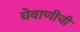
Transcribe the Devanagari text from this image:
घेवाणीची